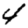
Digit: 4